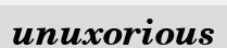
unuxorious